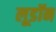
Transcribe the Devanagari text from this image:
लूडॉन